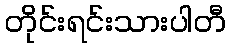
တိုင်းရင်းသားပါတီ